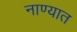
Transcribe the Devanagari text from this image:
नाण्यात